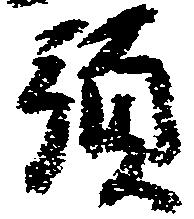
預